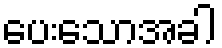
ပေးသောအခါ